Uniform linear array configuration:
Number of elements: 48
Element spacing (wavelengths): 0.75
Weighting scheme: hann
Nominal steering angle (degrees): -15
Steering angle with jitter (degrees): -14.526
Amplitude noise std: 0.05
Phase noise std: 0.05

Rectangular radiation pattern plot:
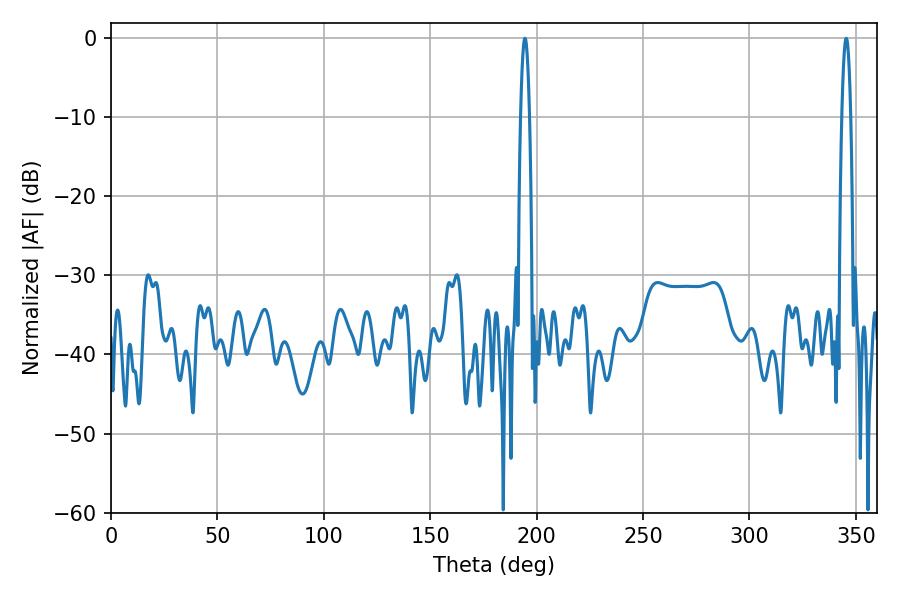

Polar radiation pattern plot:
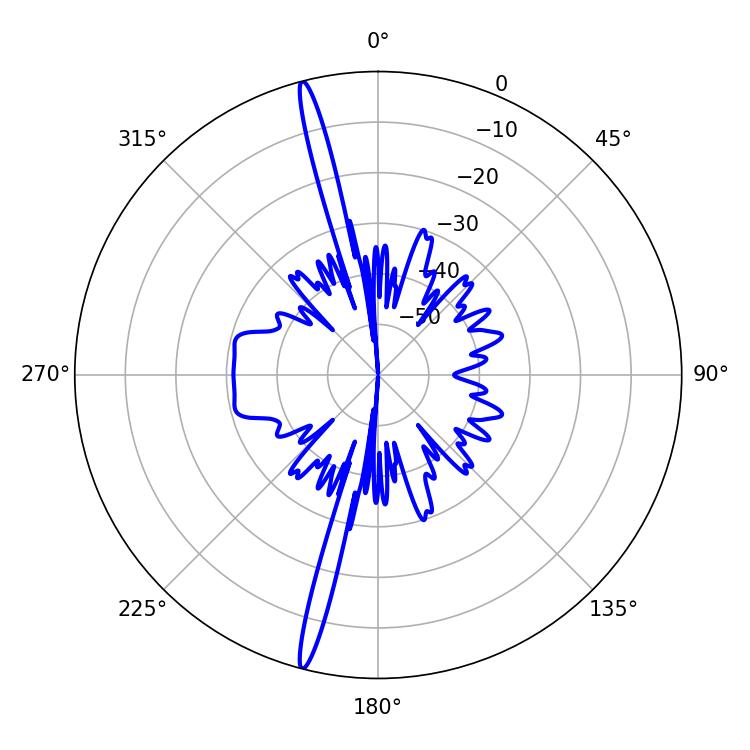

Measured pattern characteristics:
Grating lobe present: TRUE
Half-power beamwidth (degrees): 2.34
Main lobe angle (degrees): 345.42